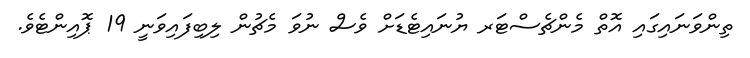
ތިންވަނައިގައި އޮތް މެންޗެސްޓަރ ޔުނައިޓެޑަށް ވެސް ނުވަ މެޗުން ލިބިފައިވަނީ 19 ޕޮއިންޓެވެ.